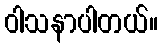
ဝါသနာပါတယ်။